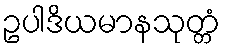
ဥပါဒိယမာနသုတ္တံ